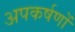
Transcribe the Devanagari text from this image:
अपकर्षणों